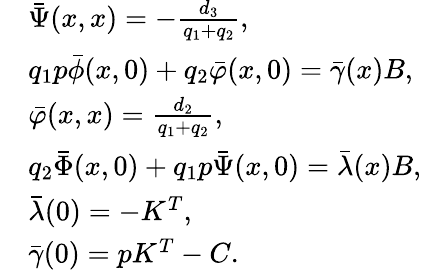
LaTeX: \begin{array}{rl}&{\bar{\Psi}(x,x)=-\frac{d_{3}}{{q_{1}}+{q_{2}}},}\\ &{{q_{1}}p\bar{\phi}(x,0)+{q_{2}}\bar{\varphi}(x,0)={\bar{\gamma}}(x)B,}\\ &{\bar{\varphi}(x,x)=\frac{{d_{2}}}{{q_{1}}+{q_{2}}},}\\ &{{q_{2}}\bar{\Phi}(x,0)+{q_{1}}p\bar{\Psi}(x,0)=\bar{\lambda}(x)B,}\\ &{{\bar{\lambda}(0)=-K^{T}},}\\ &{{{\bar{\gamma}}(0)=pK^{T}-{C}.}}\end{array}